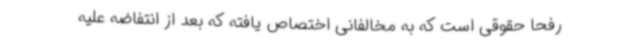
رفحا حقوقی است که به مخالفانی اختصاص یافته که بعد از انتفاضه علیه